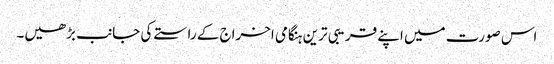
اس صورت میں اپنے قریبی ترین ہنگامی اخراج کے راستے کی جانب بڑھیں۔